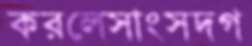
করলেসাংসদগ